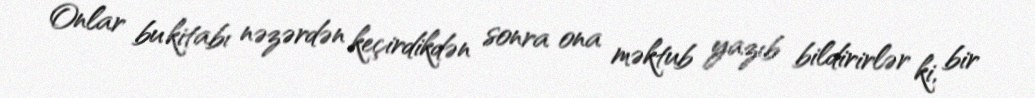
Onlar bu kitabı nəzərdən keçirdikdən sonra ona məktub yazıb bildirirlər ki, bir